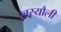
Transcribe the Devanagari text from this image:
खस्यौली